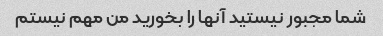
شما مجبور نیستید آنها را بخورید من مهم نیستم